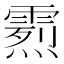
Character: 𩄰